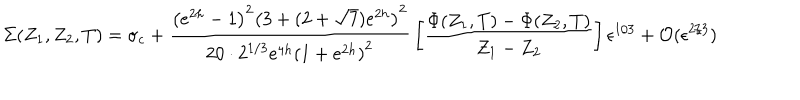
\Sigma ( Z _ { 1 } , Z _ { 2 } , T ) = \sigma _ { c } + { \frac { \left( e ^ { 2 h } - 1 \right) ^ { 2 } \left( 3 + ( 2 + \sqrt { 7 } ) e ^ { 2 h } \right) ^ { 2 } } { 2 0 \cdot 2 ^ { 1 / 3 } e ^ { 4 h } \left( 1 + e ^ { 2 h } \right) ^ { 2 } } } \left[ { \frac { \Phi ( Z _ { 1 } , T ) - \Phi ( Z _ { 2 } , T ) } { Z _ { 1 } - Z _ { 2 } } } \right] \epsilon ^ { 1 / 3 } + { \cal O } ( \epsilon ^ { 2 / 3 } )